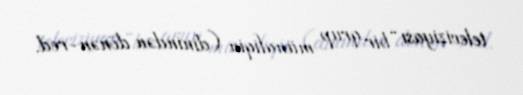
televiziyası “bir qrup münafiqin (dinindən dönən-red.